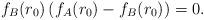
LaTeX: \begin{align*}f_B(r_0) \left( f_A(r_0) - f_B(r_0) \right) = 0.\end{align*}